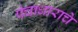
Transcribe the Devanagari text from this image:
पंचाधाराचे